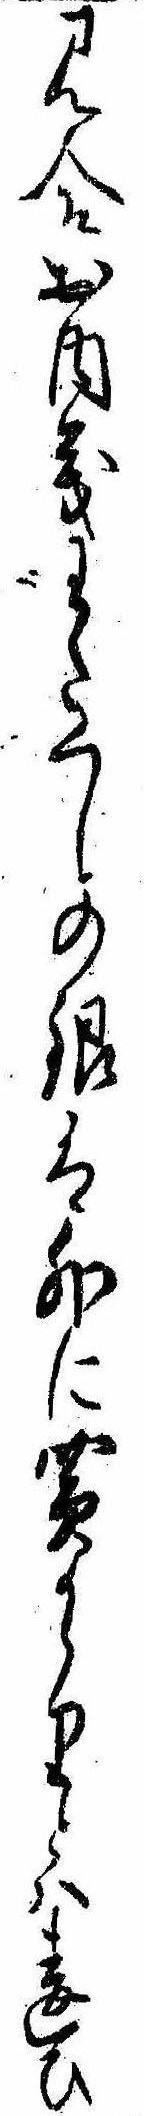
見合お内儀わたくしの銀は外に買かゝりとは違ひ